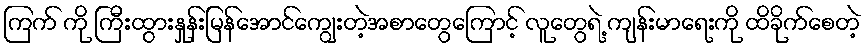
ကြက် ကို ကြီးထွားနှုန်းမြန်အောင်ကျွေးတဲ့အစာတွေကြောင့် လူတွေရဲ့ ကျန်းမာရေးကို ထိခိုက်စေတဲ့